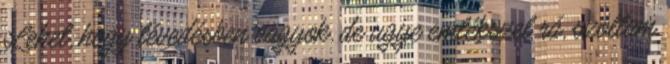
Lehet, hogy tévedésben vagyok, de ugye emlékszel rá, szóltam